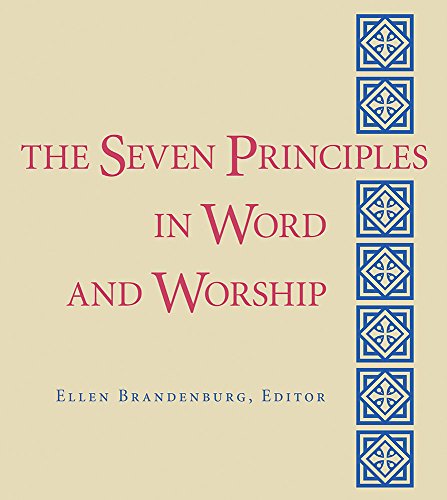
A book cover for The Seven Principles in Word and Worship; Ellen Brandenburg; Religion & Spirituality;